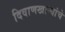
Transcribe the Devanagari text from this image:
दिवाणखान्यांचे